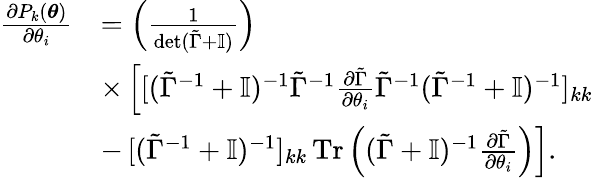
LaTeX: \begin{array}{rl}{\frac{\partial P_{k}(\boldsymbol{\theta})}{\partial\theta_{i}}}&{=\left(\frac{1}{\det(\tilde{\Gamma}+\mathbb{I})}\right)}\\ &{\times\left[{[(\tilde{\Gamma}^{-1}+\mathbb{I})^{-1}\tilde{\Gamma}^{-1}\frac{\partial\tilde{\Gamma}}{\partial\theta_{i}}\tilde{\Gamma}^{-1}(\tilde{\Gamma}^{-1}+\mathbb{I})^{-1}]_{kk}}\right.}\\ &{-\left.[(\tilde{\Gamma}^{-1}+\mathbb{I})^{-1}]_{kk}\operatorname{Tr}\left((\tilde{\Gamma}+\mathbb{I})^{-1}\frac{\partial\tilde{\Gamma}}{\partial\theta_{i}}\right)\right].}\end{array}